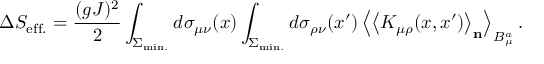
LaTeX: \Delta S _ { \mathrm { e f f . } } = \frac { ( g J ) ^ { 2 } } { 2 } \int _ { \Sigma _ { \mathrm { m i n . } } } ^ { } d \sigma _ { \mu \nu } ( x ) \int _ { \Sigma _ { \mathrm { m i n . } } } ^ { } d \sigma _ { \rho \nu } ( x ^ { \prime } ) \left< \left< K _ { \mu \rho } ( x , x ^ { \prime } ) \right> _ { \bf n } \right> _ { B _ { \mu } ^ { a } } .